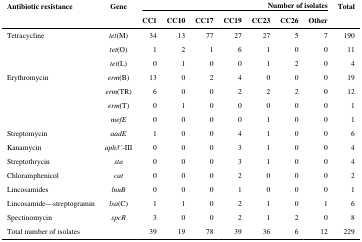
<table><thead><tr><td><b>Antibiotic resistance</b></td><td><b>Gene</b></td><td colspan="7"><b>Number of isolates</b></td><td><b>Total</b></td></tr><tr><td></td><td></td><td><b>CC1</b></td><td><b>CC10</b></td><td><b>CC17</b></td><td><b>CC19</b></td><td><b>CC23</b></td><td><b>CC26</b></td><td><b>Other</b></td><td></td></tr></thead><tbody><tr><td>Tetracycline</td><td><i>tet</i>(M)</td><td>34</td><td>13</td><td>77</td><td>27</td><td>27</td><td>5</td><td>7</td><td>190</td></tr><tr><td></td><td><i>tet</i>(O)</td><td>1</td><td>2</td><td>1</td><td>6</td><td>1</td><td>0</td><td>0</td><td>11</td></tr><tr><td></td><td><i>tet</i>(L)</td><td>0</td><td>1</td><td>0</td><td>0</td><td>1</td><td>2</td><td>0</td><td>4</td></tr><tr><td>Erythromycin</td><td><i>erm</i>(B)</td><td>13</td><td>0</td><td>2</td><td>4</td><td>0</td><td>0</td><td>0</td><td>19</td></tr><tr><td></td><td><i>erm</i>(TR)</td><td>6</td><td>0</td><td>0</td><td>2</td><td>2</td><td>2</td><td>0</td><td>12</td></tr><tr><td></td><td><i>erm</i>(T)</td><td>0</td><td>1</td><td>0</td><td>0</td><td>0</td><td>0</td><td>0</td><td>1</td></tr><tr><td></td><td><i>mefE</i></td><td>0</td><td>0</td><td>0</td><td>0</td><td>1</td><td>0</td><td>0</td><td>1</td></tr><tr><td>Streptomycin</td><td><i>aadE</i></td><td>1</td><td>0</td><td>0</td><td>4</td><td>1</td><td>0</td><td>0</td><td>6</td></tr><tr><td>Kanamycin</td><td><i>aph3’</i>-III</td><td>0</td><td>0</td><td>0</td><td>3</td><td>1</td><td>0</td><td>0</td><td>4</td></tr><tr><td>Streptothrycin</td><td><i>sta</i></td><td>0</td><td>0</td><td>0</td><td>3</td><td>1</td><td>0</td><td>0</td><td>4</td></tr><tr><td>Chloramphenicol</td><td><i>cat</i></td><td>0</td><td>0</td><td>0</td><td>2</td><td>0</td><td>0</td><td>0</td><td>2</td></tr><tr><td>Lincosamides</td><td><i>lnuB</i></td><td>0</td><td>0</td><td>0</td><td>1</td><td>0</td><td>0</td><td>0</td><td>1</td></tr><tr><td>Lincosamide—streptogramin</td><td><i>lsa</i>(C)</td><td>1</td><td>1</td><td>0</td><td>2</td><td>1</td><td>0</td><td>1</td><td>6</td></tr><tr><td>Spectinomycin</td><td><i>spcR</i></td><td>3</td><td>0</td><td>0</td><td>2</td><td>1</td><td>2</td><td>0</td><td>8</td></tr><tr><td>Total number of isolates</td><td></td><td>39</td><td>19</td><td>78</td><td>39</td><td>36</td><td>6</td><td>12</td><td>229</td></tr></tbody></table>